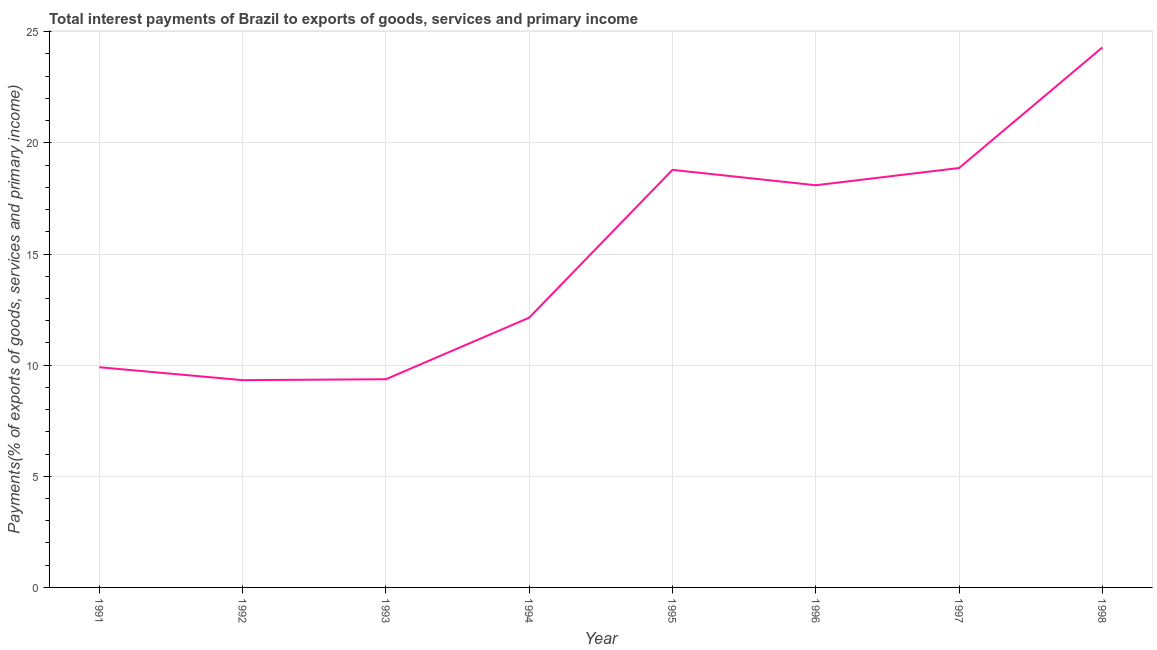
| Year | Interest payments on external debt |
 | --- | --- |
 | 1991 | 9.91 |
 | 1992 | 9.33 |
 | 1993 | 9.37 |
 | 1994 | 12.1 |
 | 1995 | 18.8 |
 | 1996 | 18.1 |
 | 1997 | 18.9 |
 | 1998 | 24.3 |